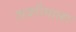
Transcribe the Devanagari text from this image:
शबरीमाला